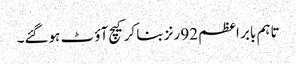
تاہم بابر اعظم 92 رنز بنا کرکیچ آؤ ٹ ہوگئے۔